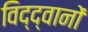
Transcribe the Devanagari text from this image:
विद्द्वानों